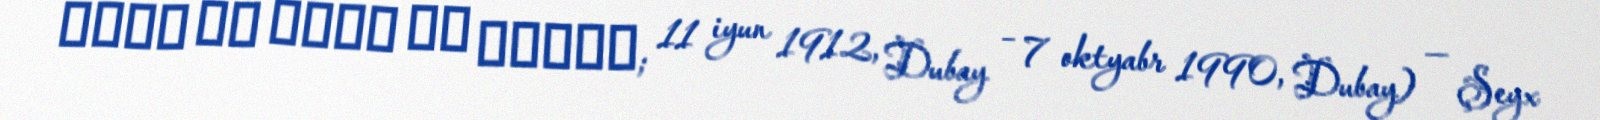
راشد بن سعيد آل مكتوم; 11 iyun 1912, Dubay – 7 oktyabr 1990, Dubay) — Şeyx